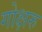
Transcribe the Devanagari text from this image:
गोक्षरु